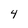
Character: 4